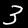
Label: 3